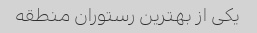
یکی از بهترین رستوران منطقه